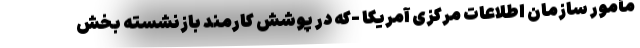
مأمور سازمان اطلاعات مرکزی آمریکا -که در پوشش کارمند بازنشسته بخش